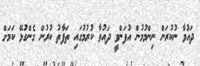
ދައުވާ ނުކުރަން ނިންމުމުން އުފަންވީ ދައުވާ ކުރުމުގައި ތަފާތު ކުރުން ގެންގުޅޭ ކަމަށް